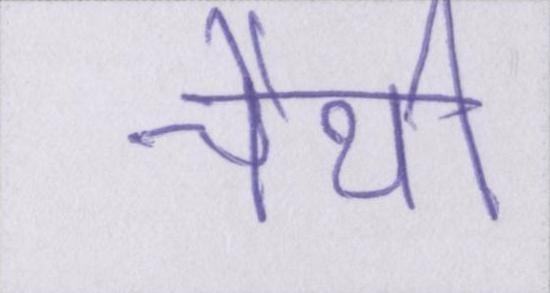
चैथी